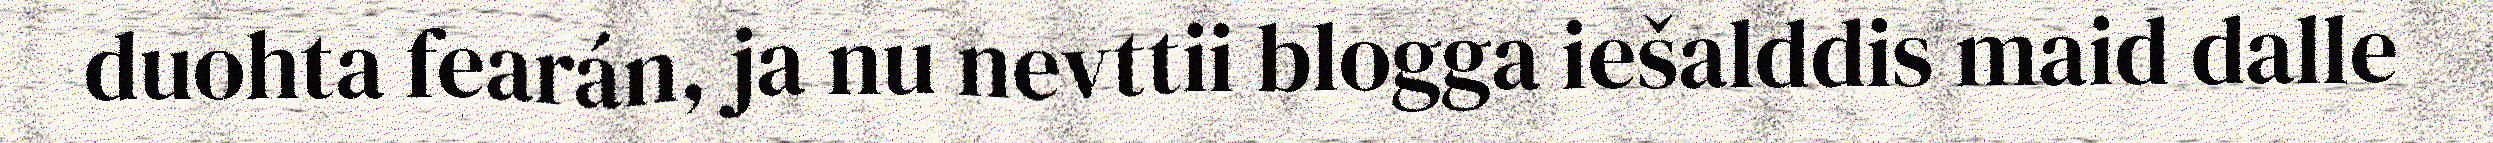
duohta fearán, ja nu nevttii blogga iešalddis maid dalle